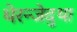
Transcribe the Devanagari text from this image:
थेरन्जेदुथा